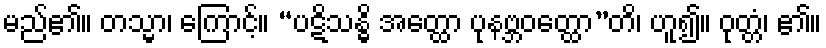
မည်၏။ တသ္မာ၊ ကြောင့်။ “ပဋိသန္ဓိ အတ္ထော ပုနဗ္ဘဝတ္ထော”တိ၊ ဟူ၍။ ဝုတ္တံ၊ ၏။